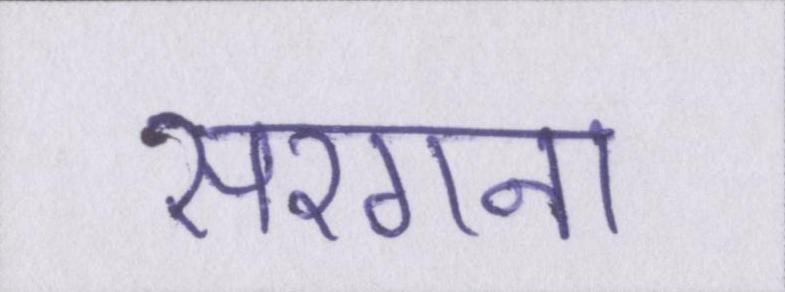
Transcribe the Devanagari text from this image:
सरगना